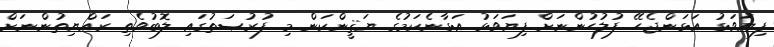
ފިޔަވަޅު އަޅަންޖެހޭ ފުލުހުންނަށް ފިޔަވަޅު އަޅާނެކަމުގެ ޔަޤީންކަން މި ފުރުޞަތުގައި ލޮބުވެތި ރައްޔިތުންނަށް